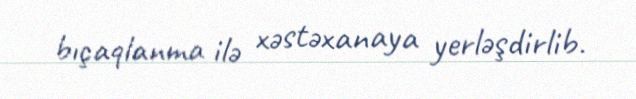
bıçaqlanma ilə xəstəxanaya yerləşdirlib.